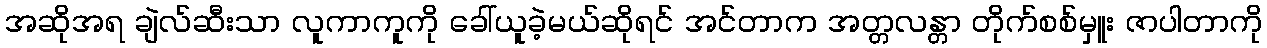
အဆိုအရ ချဲလ်ဆီးသာ လူကာကူကို ခေါ်ယူခဲ့မယ်ဆိုရင် အင်တာက အတ္တလန္တာ တိုက်စစ်မှူး ဇာပါတာကို